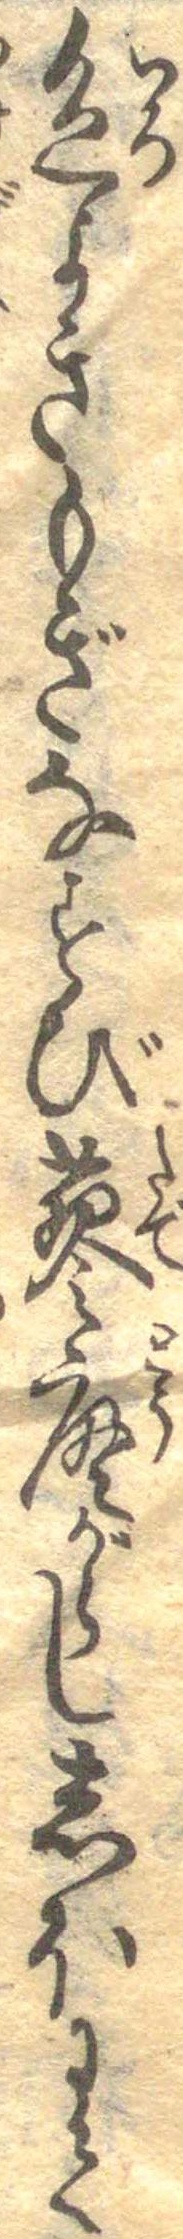
色よきもぎなすび蓼唐がらししほにて